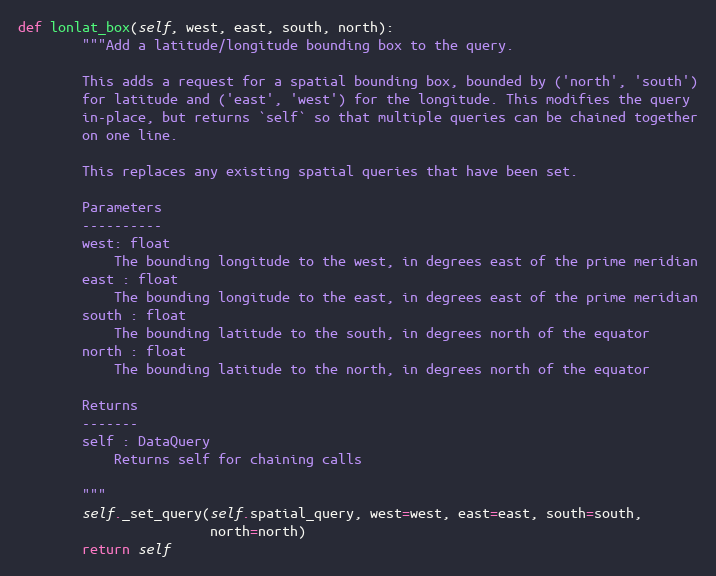
Language: Python
def lonlat_box(self, west, east, south, north):
        """Add a latitude/longitude bounding box to the query.

        This adds a request for a spatial bounding box, bounded by ('north', 'south')
        for latitude and ('east', 'west') for the longitude. This modifies the query
        in-place, but returns `self` so that multiple queries can be chained together
        on one line.

        This replaces any existing spatial queries that have been set.

        Parameters
        ----------
        west: float
            The bounding longitude to the west, in degrees east of the prime meridian
        east : float
            The bounding longitude to the east, in degrees east of the prime meridian
        south : float
            The bounding latitude to the south, in degrees north of the equator
        north : float
            The bounding latitude to the north, in degrees north of the equator

        Returns
        -------
        self : DataQuery
            Returns self for chaining calls

        """
        self._set_query(self.spatial_query, west=west, east=east, south=south,
                        north=north)
        return self